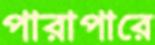
পারাপারে